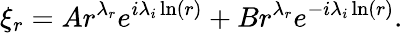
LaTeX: \xi_{r}=Ar^{\lambda_{r}}e^{i\lambda_{i}\ln(r)}+Br^{\lambda_{r}}e^{-i\lambda_{i}\ln(r)}.